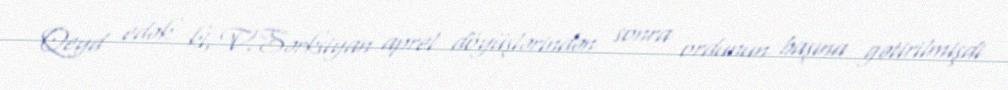
Qeyd edək ki, V.Sərksiyan aprel döyüşlərindən sonra ordunun başına gətirilmişdi